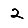
Digit: 2